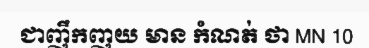
ជាញឹកញយ មាន កំណត់ ថា MN 10